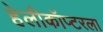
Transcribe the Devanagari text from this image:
हेलीकॉप्टरला